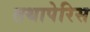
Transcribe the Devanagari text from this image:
तथापेरिस